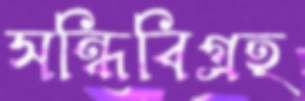
সন্ধিবিগ্রহ